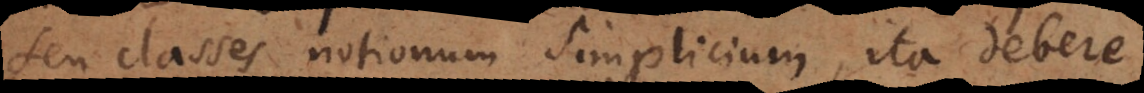
seu classes notionum simplicium, ita debere